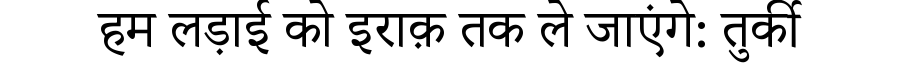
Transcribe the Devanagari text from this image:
हम लड़ाई को इराक़ तक ले जाएंगे: तुर्की